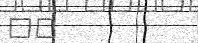
٢٨